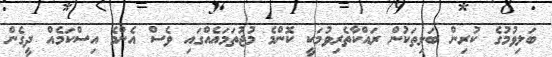
ބަލިވުމުގެ ކުރިން ބަލިތަކުން ރައްކާތެރިވުމަކީ ކޮންމެ މުޖުތަމައެއްގައި ވެސް އެންމެ އިސްކަމެއް ދީގެން